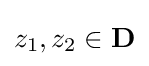
z_{1},z_{2}\in \mathbf {D}